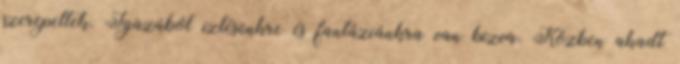
szerepeltek. Igazából ízlésünkre és fantáziánkra van bízva. Közben akadt